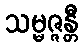
သမ္မဇ္ဇန္တီ